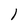
Character: l